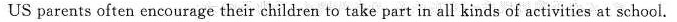
US parents often encourage their children to take part in all kinds of activities at school.